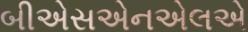
બીએસએનએલએ